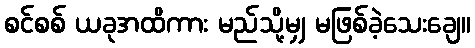
စင်စစ် ယခုအထိကား မည်သို့မျှ မဖြစ်ခဲ့သေးချေ။